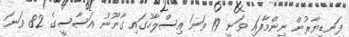
ފަނޑިޔާރުން ނިންމާފައި ވަނީ 19 ވަނަ އިސްލާހުގައި ގާނޫނު އަސާސީގެ 82 ވަނަ